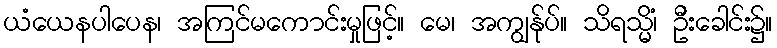
ယံယေနပါပေန၊ အကြင်မကောင်းမှုဖြင့်။ မေ၊ အကျွန်ုပ်။ သိရသ္မိံ၊ ဦးခေါင်း၌။